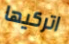
اتركيها